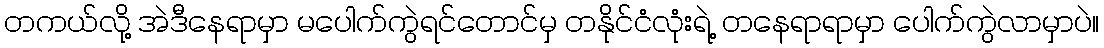
တကယ်လို့ အဲဒီနေရာမှာ မပေါက်ကွဲရင်တောင်မှ တနိုင်ငံလုံးရဲ့ တနေရာရာမှာ ပေါက်ကွဲလာမှာပဲ။